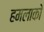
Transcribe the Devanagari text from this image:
हमलाको